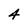
Character: 4